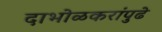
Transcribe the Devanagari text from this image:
दाभोळकरांपुढे